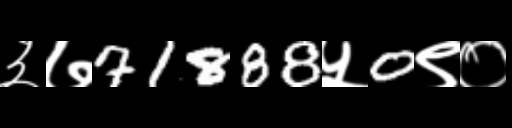
Text: ३७71888५0९०